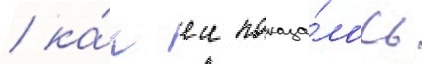
/ ка́к еи показа́лось